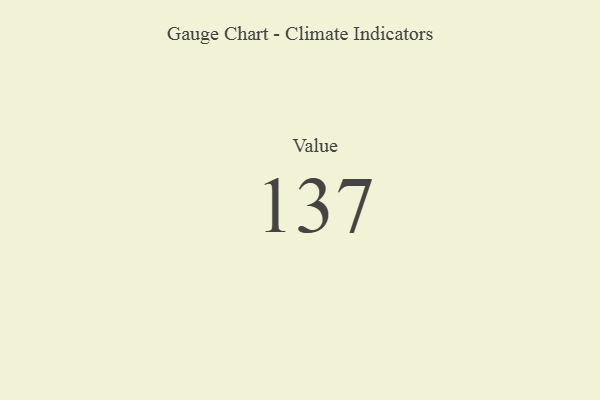
{"axis": {"x": "Metric", "y": "Value"}, "legend": [""], "data": [{"x": "Value", "y": 137, "type": ""}]}